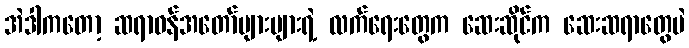
အဲဒါကတော့ ဆရာဝန်အတော်များများရဲ့ လက်ရေးတွေက ဆေးဆိုင်က ဆေးဆရာတွေပဲ